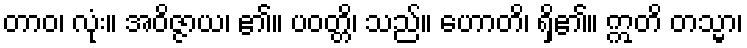
တာဝ၊ လုံး။ အဝိဇ္ဇာယ၊ ၏။ ပဝတ္တိ၊ သည်။ ဟောတိ၊ ရှိ၏။ ဣတိ တသ္မာ၊